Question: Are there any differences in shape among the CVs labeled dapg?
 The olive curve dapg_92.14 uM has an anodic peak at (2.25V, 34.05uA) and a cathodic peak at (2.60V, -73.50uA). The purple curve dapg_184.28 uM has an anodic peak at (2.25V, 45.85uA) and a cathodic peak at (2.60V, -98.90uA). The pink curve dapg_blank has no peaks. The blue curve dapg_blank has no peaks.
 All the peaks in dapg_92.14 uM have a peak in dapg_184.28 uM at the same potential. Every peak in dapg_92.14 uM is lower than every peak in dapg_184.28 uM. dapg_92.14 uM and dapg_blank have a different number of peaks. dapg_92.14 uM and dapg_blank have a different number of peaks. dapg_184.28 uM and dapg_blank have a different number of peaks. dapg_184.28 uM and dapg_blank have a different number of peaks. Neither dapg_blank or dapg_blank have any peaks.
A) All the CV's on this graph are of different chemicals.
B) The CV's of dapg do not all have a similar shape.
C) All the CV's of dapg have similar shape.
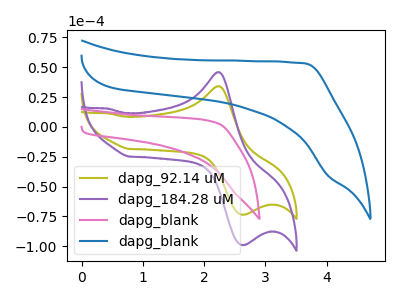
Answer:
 <answer>C) All the CV's of "dapg" have similar shape.</answer>
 <eval>C</eval>